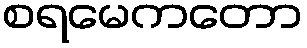
စရမေကတော